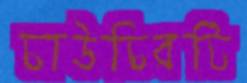
চাউচিরটি